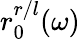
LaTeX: r_{0}^{r/l}(\omega)